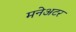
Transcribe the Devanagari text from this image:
मनेअटर